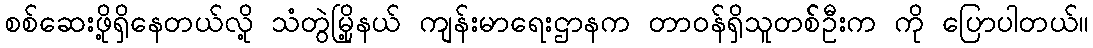
စစ်ဆေးဖို့ရှိနေတယ်လို့ သံတွဲမြို့နယ် ကျန်းမာရေးဌာနက တာဝန်ရှိသူတစ််ဦးက ကို ပြောပါတယ်။